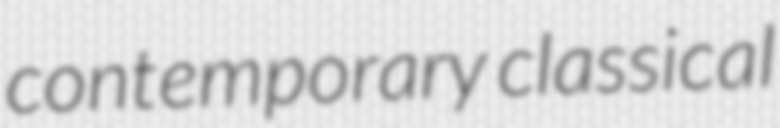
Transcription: contemporary classical